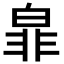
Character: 𭽜